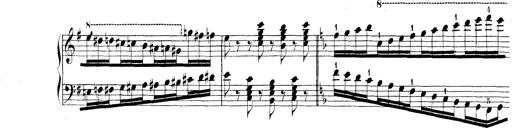
Title: Technische Studien
Composer: Franz Liszt